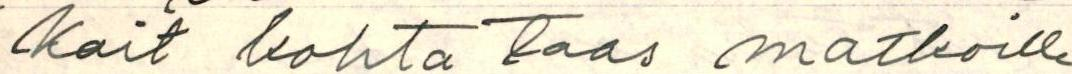
kait kohta taas matkoille